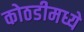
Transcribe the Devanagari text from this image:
कोठडीमध्ये